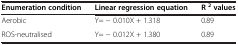
<table><thead><tr><td><b>Enumeration condition</b></td><td><b>Linear regression equation</b></td><td><b>R<sup>2</sup>values</b></td></tr></thead><tbody><tr><td>Aerobic</td><td>Y= − 0.010X + 1.318</td><td>0.89</td></tr><tr><td>ROS-neutralised</td><td>Y= − 0.012X + 1.380</td><td>0.89</td></tr></tbody></table>